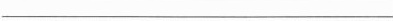
___